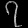
Digit: ၇